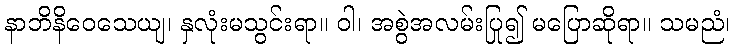
နာဘိနိဝေသေယျ၊ နှလုံးမသွင်းရာ။ ဝါ၊ အစွဲအလမ်းပြု၍ မပြောဆိုရာ။ သမညံ၊